Civil Veterinary Dept. Assam report 1911-1927 - 1911-1927
Year: 1911
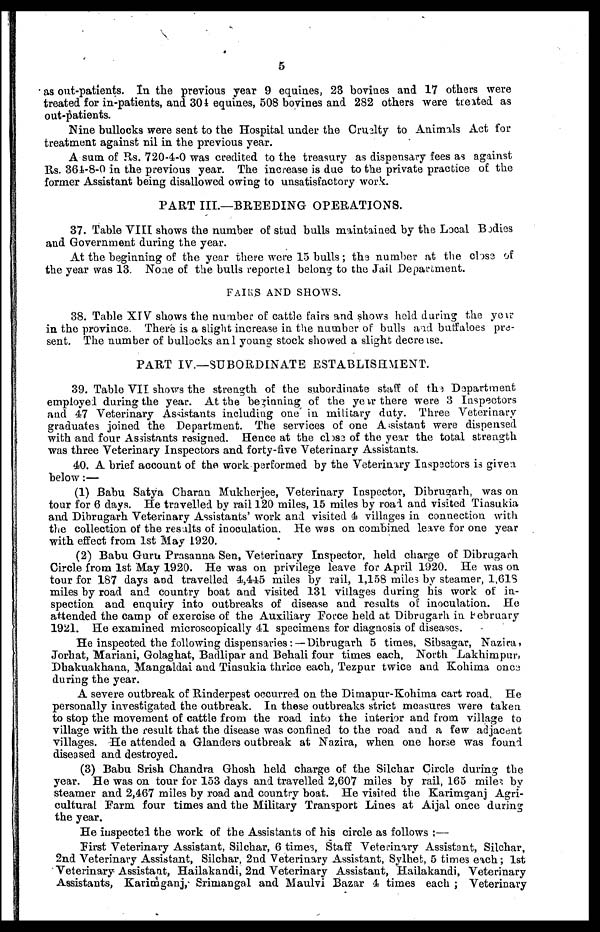
5
as out-patients. In the previous year 9 equines, 23 bovines and 17 others were
treated for in-patients, and 304 equines, 508 bovines and 282 others were treated as
out-patients.
Nine bullocks were sent to the Hospital under the Cruelty to Animals Act for
treatment against nil in the previous year.
A sum of Rs. 720-4-0 was credited to the treasury as dispensary fees as against
Rs. 364-8-0 in the previous year. The increase is due to the private practice of the
former Assistant being disallowed owing to unsatisfactory work.
PART III.—BREEDING OPERATIONS.
37. Table VIII shows the number of stud bulls maintained by the Local Bodies
and Government during the year.
At the beginning of the year there were 15 bulls; the number at the close of
the year was 13. None of the bulls reported belong to the Jail Department.
FAIRS AND SHOWS.
38. Table XIV shows the number of cattle fairs and shows held during the year
in the province. There is a slight increase in the number of bulls and buffaloes pre-
sent. The number of bullocks and young stock showed a slight decrease.
PART IV.—SUBORDINATE ESTABLISHMENT.
39. Table VII shows the strength of the subordinate staff of the Department
employed during the year. At the beginning of the year there were 3 Inspectors
and 47 Veterinary Assistants including one in military duty. Three Veterinary
graduates joined the Department. The services of one Assistant were dispensed
with and four Assistants resigned. Hence at the close of the year the total strength
was three Veterinary Inspectors and forty-five Veterinary Assistants.
40. A brief account of the work performed by the Veterinary Inspactors is given
below:—
(1) Babu Satya Charan Mukherjee, Veterinary Inspector, Dibrugarh, was on
tour for 6 days. He travelled by rail 120 miles, 15 miles by road and visited Tinsukia
and Dibrugarh Veterinary Assistants' work and visited 4 villages in connection with
the collection of the results of inoculation. He was on combined leave for one year
with effect from 1st May L920.
(2) Babu Guru Prasanna Sen, Veterinary Inspector, held charge of Dibrugarh
Circle from 1st May 1920. He was on privilege leave for April 1920. He was on
tour for 187 days and travelled 4,445 miles by rail, 1,158 miles by steamer, 1,618
miles by road and country boat and visited 131 villages during his work of in-
spection and enquiry into outbreaks of disease and results of inoculation. He
attended the camp of exercise of the Auxiliary Force held at Dibrugarh in February
1921. He examined microscopically 41 specimens for diagnosis of diseases.
He inspected the following dispensaries: — Dibrugarh 5 times, Sibsagar, Nazira,
Jorhat, Mariani, Golaghat, Badlipar and Behali four times each, North Lakhimpur,
Dhakuakhana, Mangaldai and Tinsukia thrice each, Tezpur twice and Kohima onc3
during the year.
A severe outbreak of Rinderpest occurred on the Dimapur-Kohima cart road, He
personally investigated the outbreak. In these outbreaks strict measures were taken
to stop the movement of cattle from the road into the interior and from village to
village with the result that the disease was confined to the road and a few adjacent
villages. He attended a Glanders outbreak at Nazira, when one horse was found
diseased and destroyed.
(3) Babu Srish Chandra Ghosh held charge of the Silchar Circle during the
year. He was on tour for 153 days and travelled 2,607 miles by rail, 165 miles by
steamer and 2,467 miles by road and country boat. He visited the Karimganj Agri-
cultural Farm four times and the Military Transport Lines at Aijal once during
the year.
He inspected the work of the Assistants of his circle as follows :—
First Veterinary Assistant, Silchar, 6 times, Staff Veterinary Assistant, Silchar,
2nd Veterinary Assistant, Silchar, 2nd Veterinary Assistant, Sylhet, 5 times each; 1st
Veterinary Assistant, Hailakandi, 2nd Veterinary Assistant, Hailakandi, Veterinary
Assistants, Karimganj, Srimangal and Maulvi Bazar 4 times each ; Veterinary